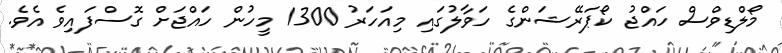
މޯލްޑިވްސް ހައްޖު ކޯޕަރޭޝަންގެ ހަވާލުގައި މިއަހަރު 1300 މީހުން ހައްޖަށް ގޮސްފައިވެ އެވެ.